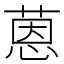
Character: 蒽